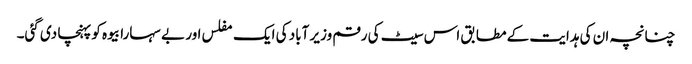
چنانچہ ان کی ہدایت کے مطابق اس سیٹ کی رقم وزیر آباد کی ایک مفلس اور بے سہارا بیوہ کو پہنچا دی گئی۔